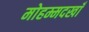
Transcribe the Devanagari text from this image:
मोहम्मदखाँ